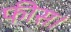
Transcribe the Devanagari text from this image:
फीस।